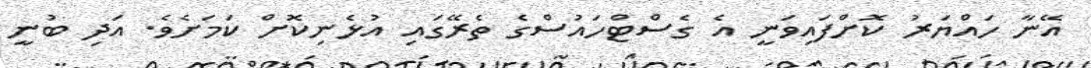
އޭނާ ހައްޔަރު ކޮށްފައިވަނީ އެ ގެސްޓްހައުސްގެ ތެރޭގައި އުޅެނިކޮށް ކަމަށެވެ. އަދި ބުނީ